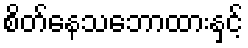
စိတ်နေသဘောထားနှင့်